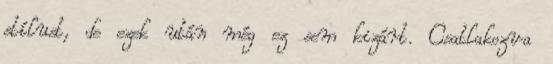
stílust, de ezek után még ez sem kizárt. Csatlakozva